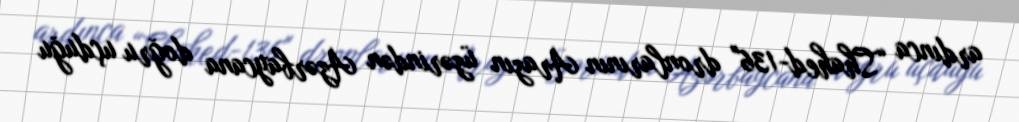
ardınca “Shahed-136" dronlarının Arazın üzərindən Azərbaycana doğru uçduğu